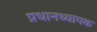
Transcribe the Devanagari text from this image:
प्रधानध्यापक